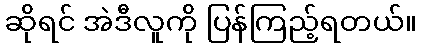
ဆိုရင် အဲဒီလူကို ပြန်ကြည့်ရတယ်။